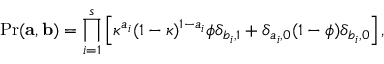
\mathrm { P r } ( \mathbf { a } , \mathbf { b } ) = \prod _ { i = 1 } ^ { s } \left[ \kappa ^ { a _ { i } } ( 1 - \kappa ) ^ { 1 - a _ { i } } \phi \delta _ { b _ { i } , 1 } + \delta _ { a _ { i } , 0 } ( 1 - \phi ) \delta _ { b _ { i } , 0 } \right] ,